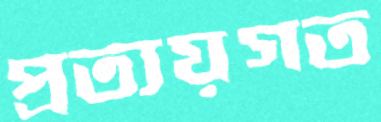
প্রত্যয়গত